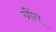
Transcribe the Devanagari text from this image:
ग्रौंग